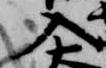
入